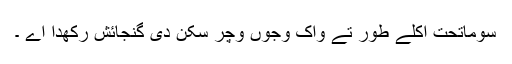
سوماتحت اکلے طور تے واک وجوں وچر سکن دی گنجائش رکھدا اے ۔